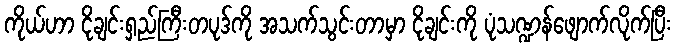
ကိုယ်ဟာ ငိုချင်းရှည်ကြီးတပုဒ်ကို အသက်သွင်းတာမှာ ငိုချင်းကို ပုံသဏ္ဍန်ဖျောက်လိုက်ပြီး